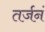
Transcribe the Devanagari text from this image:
तर्जनं